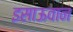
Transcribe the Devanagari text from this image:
इसाऊवान